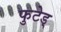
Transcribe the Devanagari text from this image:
फुटेड्